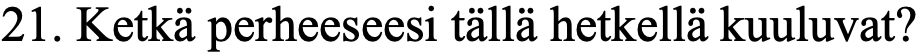
21. Ketkä perheeseesi tällä hetkellä kuuluvat?